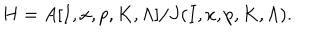
H = A [ I , x , p , K , \Lambda ] / J ( I , x , p , K , \Lambda ) .